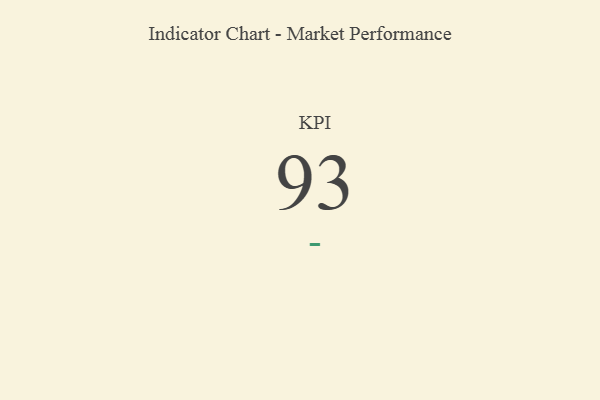
{"axis": {"x": "KPI", "y": "Value"}, "legend": [""], "data": [{"x": "KPI", "y": 93, "type": ""}]}